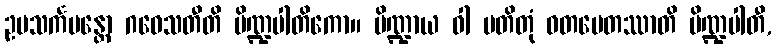
ဥပသင်္ကမန္တော ဂဝေသတီတိ ပိဏ္ဍပါတိကော။ ပိဏ္ဍာယ ဝါ ပတိတုံ ဝတမေတဿာတိ ပိဏ္ဍပါတီ,